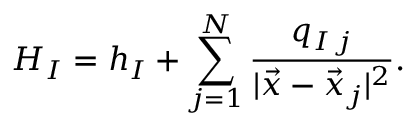
H _ { I } = h _ { I } + \sum _ { j = 1 } ^ { N } \frac { q _ { I \, j } } { | \vec { x } - \vec { x } _ { j } | ^ { 2 } } .